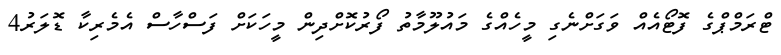
ޓްރަމްޕްގެ ފޮޓޯއެއް ވަގަށްނެގި މީހެއްގެ މައުލޫމާތު ފޯރުކޮށްދިން މީހަކަށް ފަސްހާސް އެމެރިކާ ޑޮލަރު4